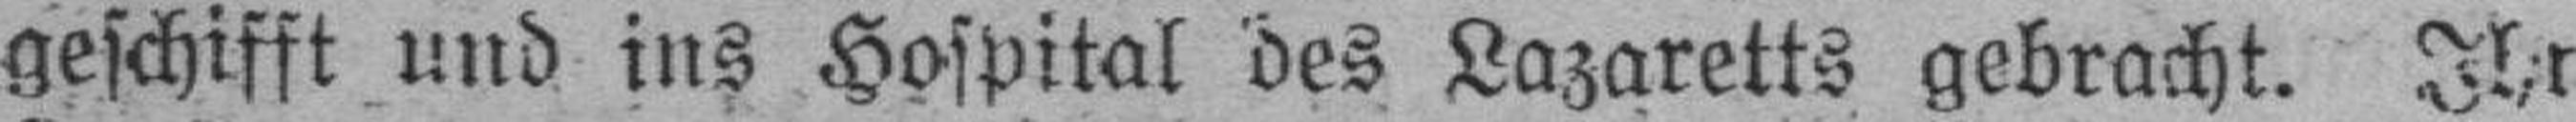
geschifft und ins Hospital des Lazaretts gebracht. Ihr